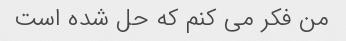
من فکر می کنم که حل شده است